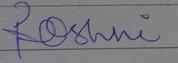
Signature authenticity: forged